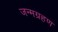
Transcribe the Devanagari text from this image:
जन्मग्रहण